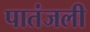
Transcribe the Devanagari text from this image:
पातंजली